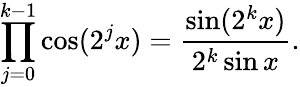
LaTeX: \prod_{j=0}^{k-1}\cos(2^{j}x)={\frac{\sin(2^{k}x)}{2^{k}\sin x}}.